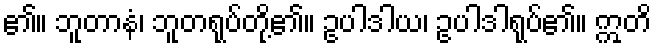
၏။ ဘူတာနံ၊ ဘူတရုပ်တို့၏။ ဥပါဒါယ၊ ဥပါဒါရုပ်၏။ ဣတိ